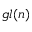
{ \mathfrak { g l } } ( n )